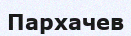
Пархачев